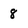
Character: 8